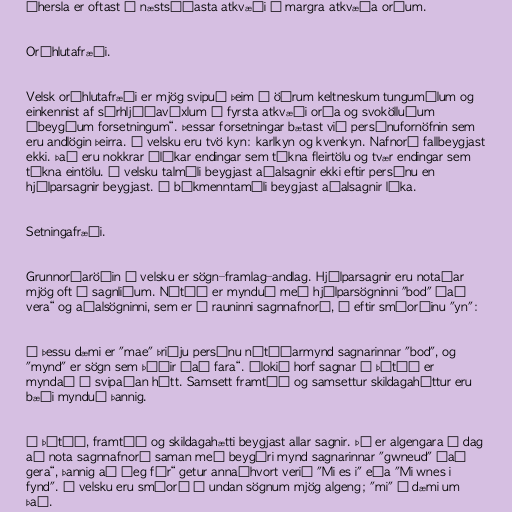
Áhersla er oftast á næstsíðasta atkvæði í margra atkvæða orðum.

Orðhlutafræði.

Velsk orðhlutafræði er mjög svipuð þeim á öðrum keltneskum tungumálum og
einkennist af sérhljóðavíxlum í fyrsta atkvæði orða og svokölluðum
„beygðum forsetningum“. Þessar forsetningar bætast við persónufornöfnin sem
eru andlögin þeirra. Á velsku eru tvö kyn: karlkyn og kvenkyn. Nafnorð fallbeygjast
ekki. Það eru nokkrar ólíkar endingar sem tákna fleirtölu og tvær endingar sem
tákna eintölu. Í velsku talmáli beygjast aðalsagnir ekki eftir persónu en
hjálparsagnir beygjast. Í bókmenntamáli beygjast aðalsagnir líka.

Setningafræði.

Grunnorðaröðin á velsku er sögn–framlag–andlag. Hjálparsagnir eru notaðar
mjög oft í sagnliðum. Nútíð er mynduð með hjálparsögninni "bod" „að
vera“ og aðalsögninni, sem er í rauninni sagnnafnorð, á eftir smáorðinu "yn":

Í þessu dæmi er "mae" þriðju persónu nútíðarmynd sagnarinnar "bod", og
"mynd" er sögn sem þýðir „að fara“. Ólokið horf sagnar í þátíð er
myndað á svipaðan hátt. Samsett framtíð og samsettur skildagaháttur eru
bæði mynduð þannig.

Í þátíð, framtíð og skildagahætti beygjast allar sagnir. Þó er algengara í dag
að nota sagnnafnorð saman með beygðri mynd sagnarinnar "gwneud" „að
gera“, þannig að „eg fór“ getur annaðhvort verið "Mi es i" eða "Mi wnes i
fynd". Á velsku eru smáorð á undan sögnum mjög algeng; "mi" í dæmi um
það.